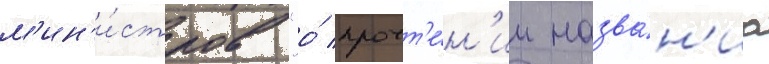
м'ин'и́стров "о́ прочт'е́н'ии назва́н'иа